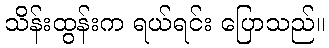
သိန်းထွန်းက ရယ်ရင်း ပြောသည်။